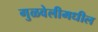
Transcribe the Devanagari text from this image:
गुळवेलीमधील